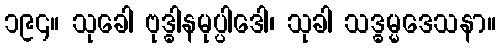
၁၉၄။ သုခေါ ဗုဒ္ဓါနမုပ္ပါဒေါ၊ သုခါ သဒ္ဓမ္မဒေသနာ။